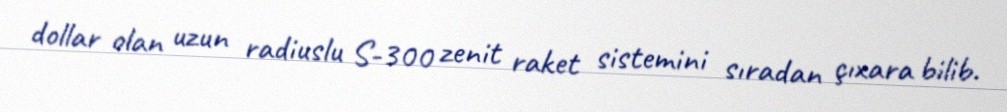
dollar olan uzun radiuslu S-300 zenit raket sistemini sıradan çıxara bilib.